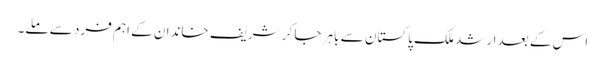
اس کے بعد ارشد ملک پاکستان سے باہر جا کر شریف خاندان کے اہم فرد سے ملے۔